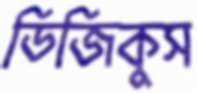
ডিজিকুস